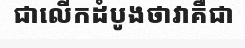
ជាលើកដំបូងថាវាគឺជា